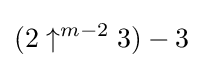
(2\uparrow ^{m-2}3)-3